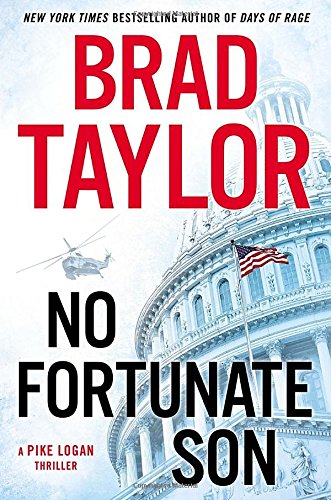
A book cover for No Fortunate Son: A Pike Logan Thriller; Brad Taylor; Mystery, Thriller & Suspense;